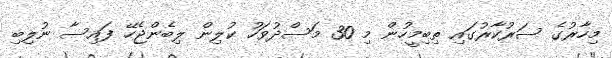
މިހާރުގެ ސަރުކާރުގައި ތިބިމީހުން މި 30 މަސްދުވަހު ކުލިން ލިބެންޖެހޭ ފައިސާ ނުލިބި